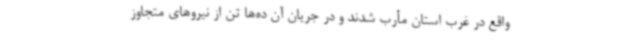
واقع در غرب استان مأرب شدند و در جریان آن ده‌ها تن از نیروهای متجاوز